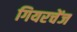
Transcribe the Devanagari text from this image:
गियरचेंज